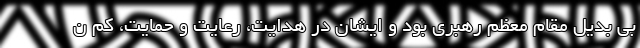
بی بدیل مقام معظم رهبری بود و ایشان در هدایت، رعایت و حمایت، کم ن